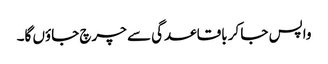
واپس جا کر باقاعدگی سے چرچ جاؤں گا۔